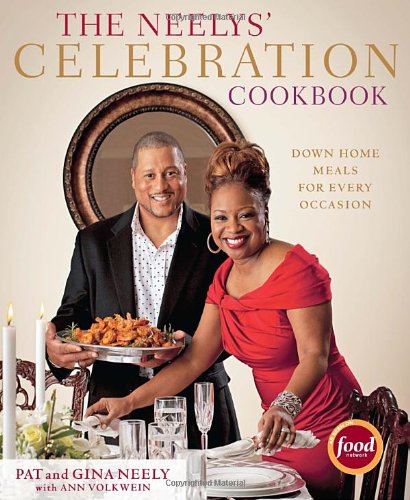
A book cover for The Neelys' Celebration Cookbook: Down-Home Meals for Every Occasion; Pat Neely; Cookbooks, Food & Wine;